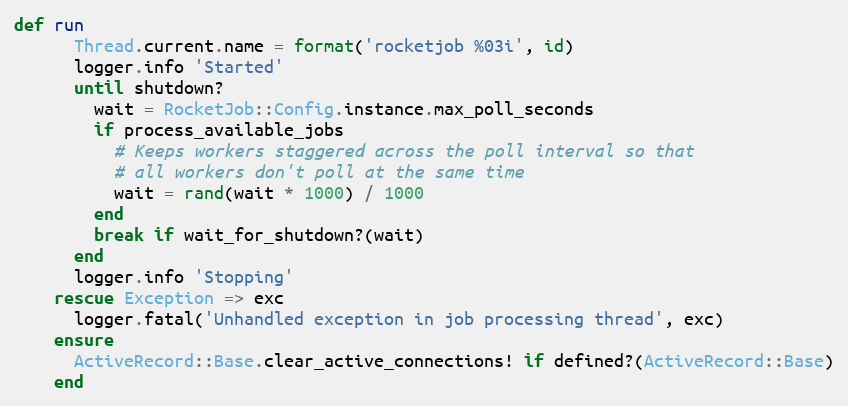
Language: Ruby
def run
      Thread.current.name = format('rocketjob %03i', id)
      logger.info 'Started'
      until shutdown?
        wait = RocketJob::Config.instance.max_poll_seconds
        if process_available_jobs
          # Keeps workers staggered across the poll interval so that
          # all workers don't poll at the same time
          wait = rand(wait * 1000) / 1000
        end
        break if wait_for_shutdown?(wait)
      end
      logger.info 'Stopping'
    rescue Exception => exc
      logger.fatal('Unhandled exception in job processing thread', exc)
    ensure
      ActiveRecord::Base.clear_active_connections! if defined?(ActiveRecord::Base)
    end